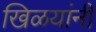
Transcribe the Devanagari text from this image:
खिळयांनी